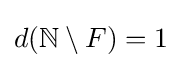
d(\mathbb {N} \setminus F)=1